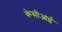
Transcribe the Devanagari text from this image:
केसीआई